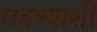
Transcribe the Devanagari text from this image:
राहण्याशी